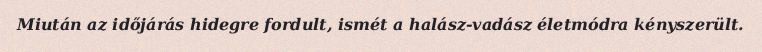
Miután az időjárás hidegre fordult, ismét a halász-vadász életmódra kényszerült.